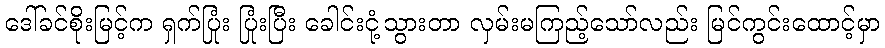
ဒေါ်ခင်စိုးမြင့်က ရှက်ပြုံး ပြုံးပြီး ခေါင်းငုံ့သွားတာ လှမ်းမကြည့်သော်လည်း မြင်ကွင်းထောင့်မှာ